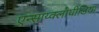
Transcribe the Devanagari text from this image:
एन्साय्क्लोपीडिया